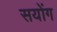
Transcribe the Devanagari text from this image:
सयोंग